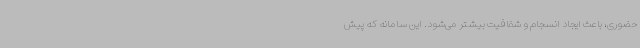
حضوری، باعث ایجاد انسجام و شفافیت بیشتر می‌شود. این سامانه که پیش